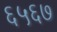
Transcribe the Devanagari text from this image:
६५६७